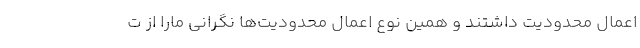
اعمال محدودیت داشتند و همین نوع اعمال محدودیت‌ها نگرانی مارا از ت